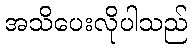
အသိပေးလိုပါသည်